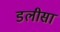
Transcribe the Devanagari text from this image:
डलीसा